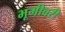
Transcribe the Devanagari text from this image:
भूमीवरी